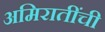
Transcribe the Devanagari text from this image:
अमिरातींची